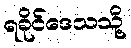
ရခိုင်ဒေသသို့